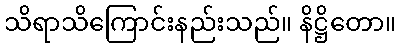
သိရာသိကြောင်းနည်းသည်။ နိဋ္ဌိတော။